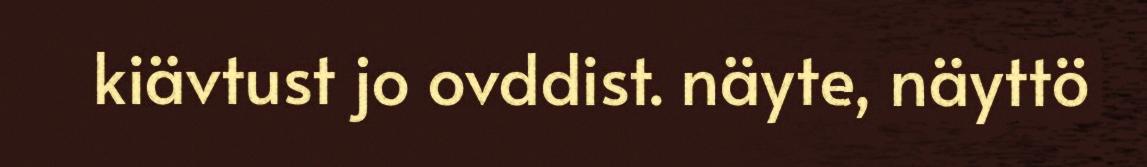
kiävtust jo ovddist. näyte, näyttö